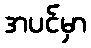
အပင်မှာ